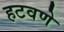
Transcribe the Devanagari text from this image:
हटवणे